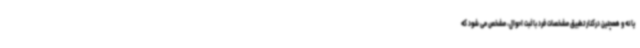
یا نه و همچنین درکنار تطبیق مشخصات فرد با ثبت احوال، مشخص می شود که